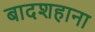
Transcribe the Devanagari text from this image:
बादशहाना